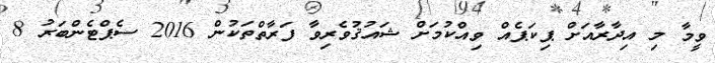
ވީމާ މި އިދާރާއަށް ޕިކަޕެއް ވިއްކުމަށް ޝައުޤުވެރިވާ ފަރާތްތަކުން 2016 ސެޕްޓެންބަރު 8